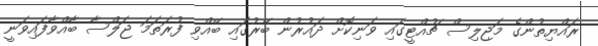
ރައްޔިތުންގެ މަޖިލިސް ޗުއްޓީގައި ވަނިކޮށް ދައުރުން ބޭރުގައި ބޭއްވި ފުރަތަމަ ޖަލްސާ ބާއްވާފައިވަނީ